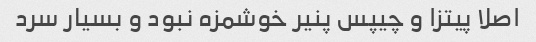
اصلا پیتزا و چیپس پنیر خوشمزه نبود و بسیار سرد